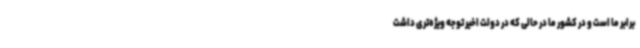
برابر ما است و در کشور ما در حالی که در دولت اخیر توجه ویژه‌تری داشت